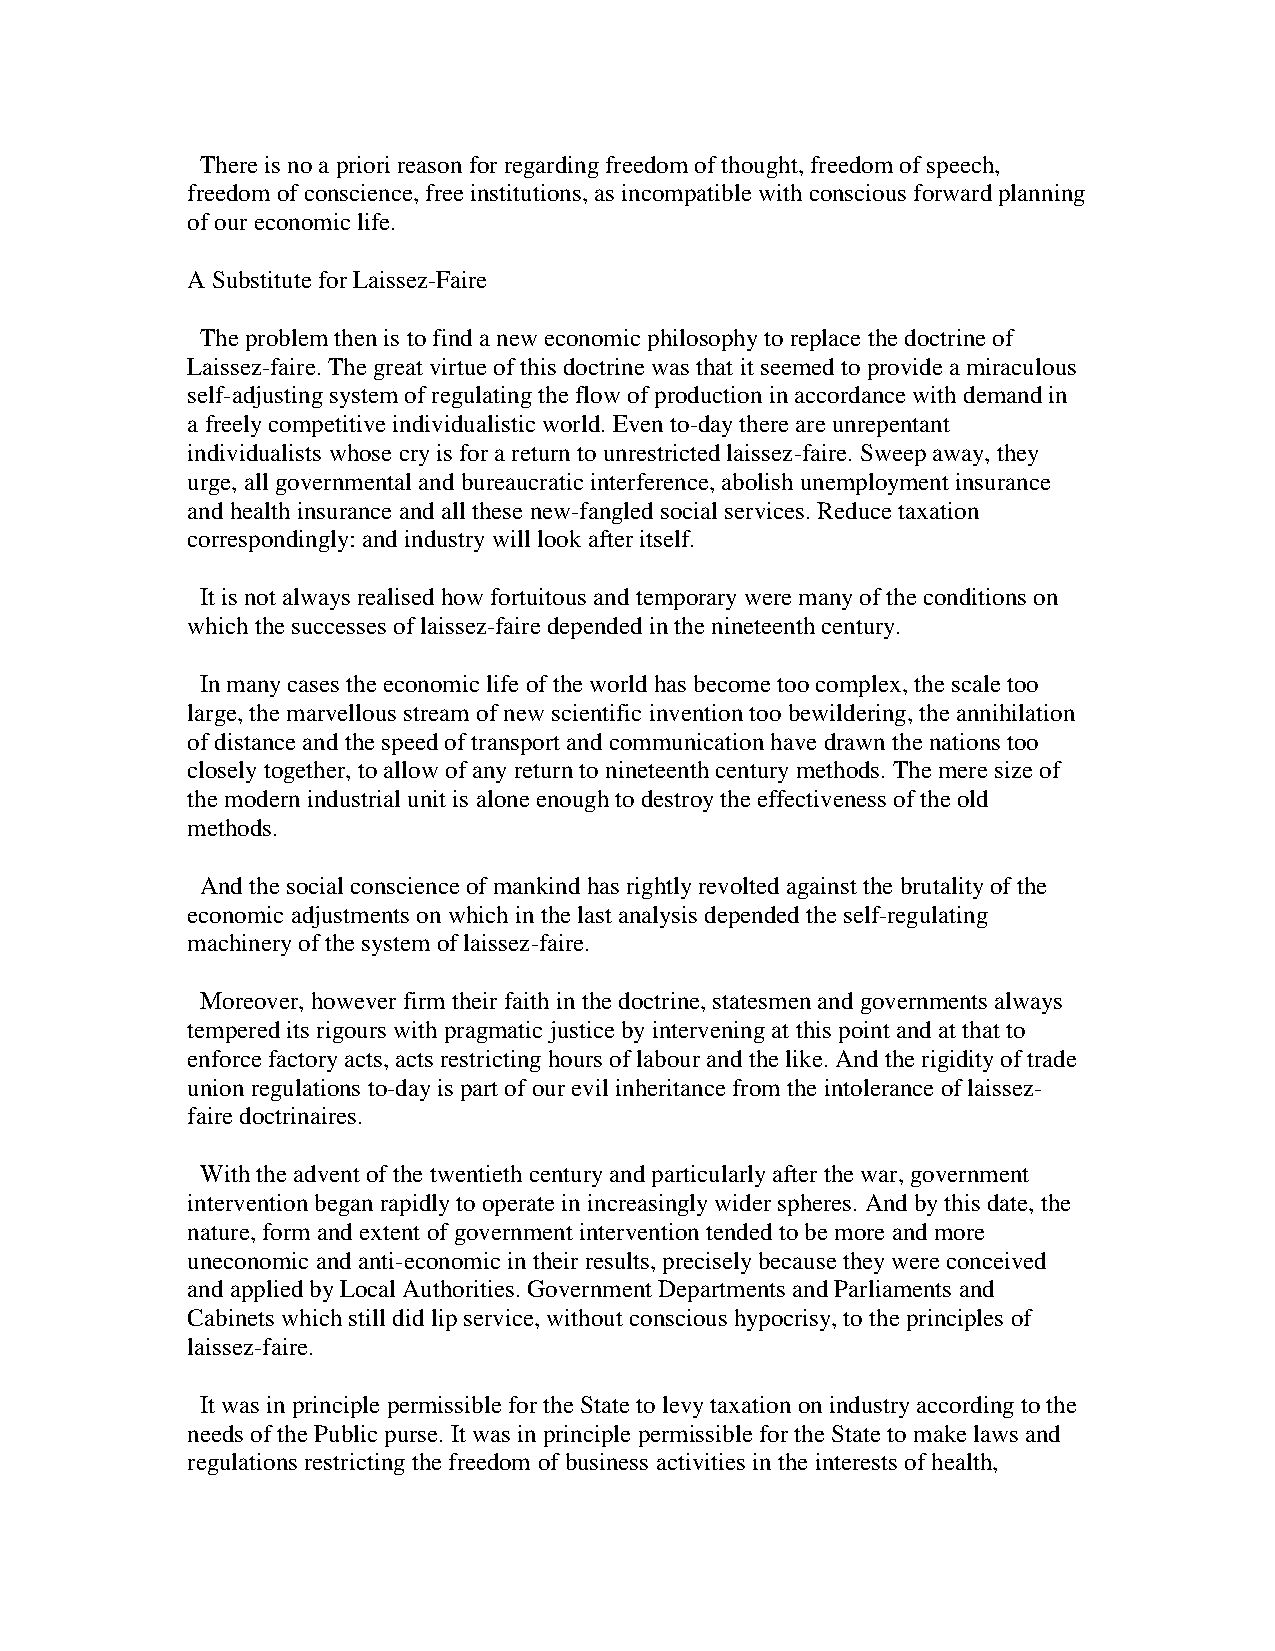
There is no a priori reason for regarding freedom of thought, freedom of speech,
 freedom of conscience, free institutions, as incompatible with conscious forward planning
 of our economic life.
 A Substitute for Laissez-Faire
 The problem then is to find a new economic philosophy to replace the doctrine of
 Laissez-faire. The great virtue of this doctrine was that it seemed to provide a miraculous
 self-adjusting system of regulating the flow of production in accordance with demand in
 a freely competitive individualistic world. Even to-day there are unrepentant
 individualists whose cry is for a return to unrestricted laissez-faire. Sweep away, they
 urge, all governmental and bureaucratic interference, abolish unemployment insurance
 and health insurance and all these new-fangled social services. Reduce taxation
 correspondingly: and industry will look after itself.
 It is not always realised how fortuitous and temporary were many of the conditions on
 which the successes of laissez-faire depended in the nineteenth century.
 In many cases the economic life of the world has become too complex, the scale too
 large, the marvellous stream of new scientific invention too bewildering, the annihilation
 of distance and the speed of transport and communication have drawn the nations too
 closely together, to allow of any return to nineteenth century methods. The mere size of
 the modern industrial unit is alone enough to destroy the effectiveness of the old
 methods.
 And the social conscience of mankind has rightly revolted against the brutality of the
 economic adjustments on which in the last analysis depended the self-regulating
 machinery of the system of laissez-faire.
 Moreover, however firm their faith in the doctrine, statesmen and governments always
 tempered its rigours with pragmatic justice by intervening at this point and at that to
 enforce factory acts, acts restricting hours of labour and the like. And the rigidity of trade
 union regulations to-day is part of our evil inheritance from the intolerance of laissez-
 faire doctrinaires.
 With the advent of the twentieth century and particularly after the war, government
 intervention began rapidly to operate in increasingly wider spheres. And by this date, the
 nature, form and extent of government intervention tended to be more and more
 uneconomic and anti-economic in their results, precisely because they were conceived
 and applied by Local Authorities. Government Departments and Parliaments and
 Cabinets which still did lip service, without conscious hypocrisy, to the principles of
 laissez-faire.
 It was in principle permissible for the State to levy taxation on industry according to the
 needs of the Public purse. It was in principle permissible for the State to make laws and
 regulations restricting the freedom of business activities in the interests of health,